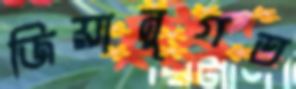
জিয়ানুগত